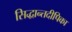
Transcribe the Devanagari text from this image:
सिद्धान्तदीपिका